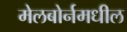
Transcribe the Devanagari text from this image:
मेलबोर्नमधील